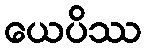
ယေပိဿ